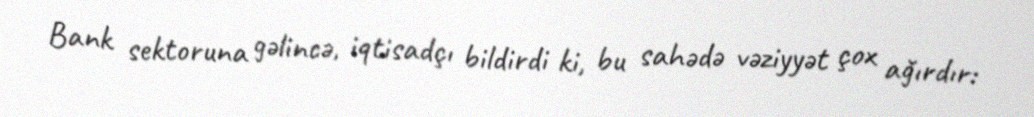
Bank sektoruna gəlincə, iqtisadçı bildirdi ki, bu sahədə vəziyyət çox ağırdır: